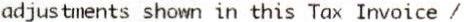
ADJUSTMENTS SHOWN IN THIS TAX INVOICE /